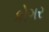
કોગર